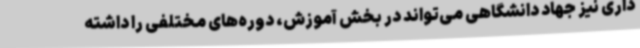
داری نیز جهاد دانشگاهی می‌تواند در بخش آموزش، دوره‌های مختلفی را داشته